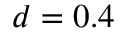
d = 0 . 4